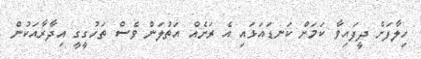
ހިލާފަށް ދީފައިވާ ކަމަށް ކަނޑައަޅައި އެ ރަށެއް އަތުލަން ވެސް ތަހުގީގީ އިދާރާއަކުން